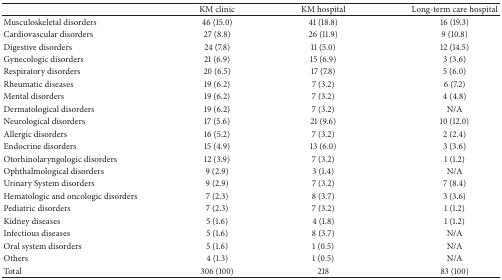
|  | KM clinic | KM hospital | Long-term care hospital |
 | --- | --- | --- | --- |
 | Musculoskeletal disorders | 46 (15.0) | 41 (18.8) | 16 (19.3) |
 | Cardiovascular disorders | 27 (8.8) | 26 (11.9) | 9 (10.8) |
 | Digestive disorders | 24 (7.8) | 11 (5.0) | 12 (14.5) |
 | Gynecologic disorders | 21 (6.9) | 15 (6.9) | 3 (3.6) |
 | Respiratory disorders | 20 (6.5) | 17 (7.8) | 5 (6.0) |
 | Rheumatic diseases | 19 (6.2) | 7 (3.2) | 6 (7.2) |
 | Mental disorders | 19 (6.2) | 7 (3.2) | 4 (4.8) |
 | Dermatological disorders | 19 (6.2) | 7 (3.2) | N/A |
 | Neurological disorders | 17 (5.6) | 21 (9.6) | 10 (12.0) |
 | Allergic disorders | 16 (5.2) | 7 (3.2) | 2 (2.4) |
 | Endocrine disorders | 15 (4.9) | 13 (6.0) | 3 (3.6) |
 | Otorhinolaryngologic disorders | 12 (3.9) | 7 (3.2) | 1 (1.2) |
 | Ophthalmological disorders | 9 (2.9) | 3 (1.4) | N/A |
 | Urinary System disorders | 9 (2.9) | 7 (3.2) | 7 (8.4) |
 | Hematologic and oncologic disorders | 7 (2.3) | 8 (3.7) | 3 (3.6) |
 | Pediatric disorders | 7 (2.3) | 7 (3.2) | 1 (1.2) |
 | Kidney diseases | 5 (1.6) | 4 (1.8) | 1 (1.2) |
 | Infectious diseases | 5 (1.6) | 8 (3.7) | N/A |
 | Oral system disorders | 5 (1.6) | 1 (0.5) | N/A |
 | Others | 4 (1.3) | 1 (0.5) | N/A |
 | Total | 306 (100) | 218 | 83 (100) |